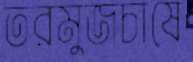
তরমুজচাষে